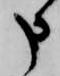
申